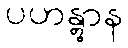
ပဟန္တွာန